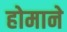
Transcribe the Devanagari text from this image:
होमाने